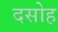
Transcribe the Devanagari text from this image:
दसोह